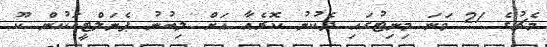
މެޗުގެ 21 ވަނަ މިނިޓުގައި ދެކުނު ކޮރެއާ އަށް ލިބުނު ޕެނަލްޓީއަކުން ކޫ